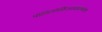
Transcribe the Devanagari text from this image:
पोलिमोर्फ़िज्मप्रेडीकेटिव